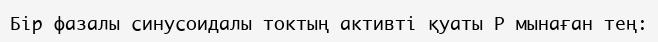
Бір фазалы синусоидалы токтың активті қуаты P мынаған тең: